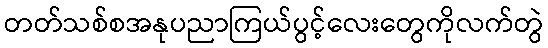
တတ်သစ်စအနုပညာကြယ်ပွင့်လေးတွေကိုလက်တွဲ